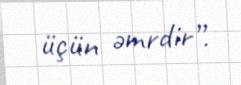
üçün əmrdir”.